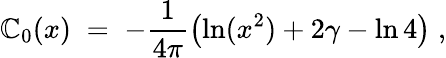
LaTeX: \mathbb{C}_{0}(x)\; =\; -\frac{{1}}{{4\pi}}\left(\ln(x^{2})+2\gamma-\ln4\right)\; ,